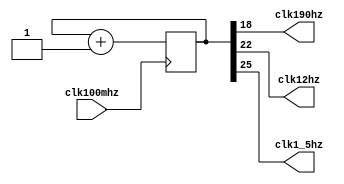
`timescale 1ns / 1ps
// 
module clkDiv(
    input clk100mhz,
    output clk190hz,
    output clk12hz,
    output clk1_5hz
);

    reg [26:0]count=0;
    always@(posedge clk100mhz) begin
        count<=count+1; 
    end

    assign clk190hz = count[18];
    assign clk12hz  = count[22];
    assign clk1_5hz = count[25];
    //TODO is it clk1_5hz or clk3hz ? // or just change to count[26] ?
endmodule